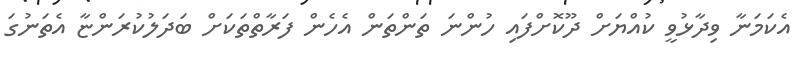
އެކަމަނާ ވިދާޅުވީ ކުއްޔަށް ދޫކޮށްފައި ހުންނަ ތަންތަން އެހެން ފަރާތްތަކަށް ބަދަލުކުރަންޏާ އެތަނުގަ